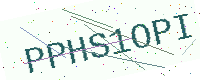
Text: PPHS1OPI